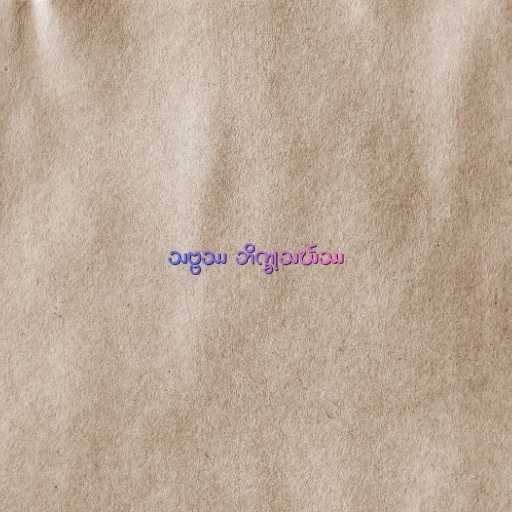
သဗ္ဗဿ ဘိက္ခုသင်္ဃဿ